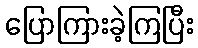
ပြောကြားခဲ့ကြပြီး